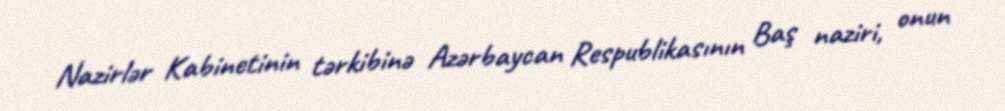
Nazirlər Kabinetinin tərkibinə Azərbaycan Respublikasının Baş naziri, onun